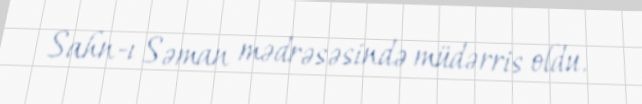
Sahn-ı Səman mədrəsəsində müdərris oldu.